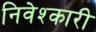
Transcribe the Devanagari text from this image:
निवेश्कारी